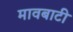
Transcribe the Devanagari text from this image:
मावबाटी